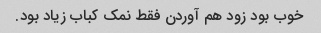
خوب بود زود هم آوردن فقط نمک کباب زیاد بود.